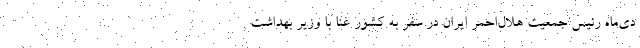
دی‌ماه رئیس جمعیت هلال‌احمر ایران در سفر به کشور غنا با وزیر بهداشت